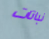
نباتات